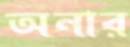
অনার